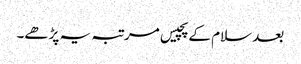
بعد سلام کے پچیس مرتبہ یہ پڑھے۔